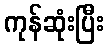
ကုန်ဆုံးပြီး